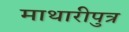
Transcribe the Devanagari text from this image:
माथारीपुत्र